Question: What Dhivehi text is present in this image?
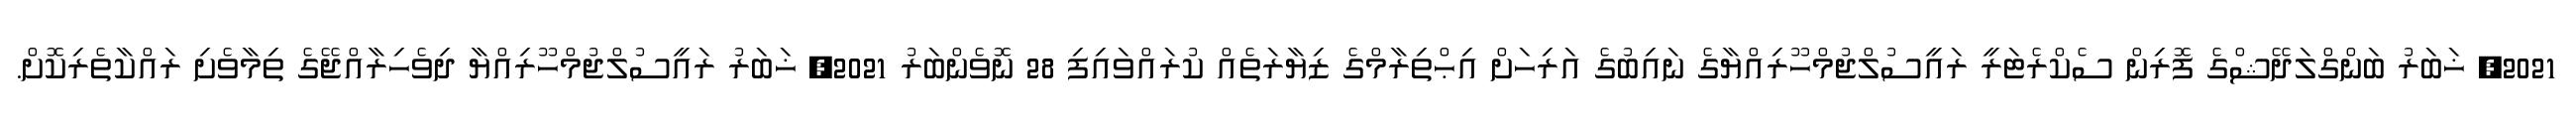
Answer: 2021, ޚަބަރު ބަންގްލަދޭޝްގެ ފޮރިން ސެކްރެޓަރީ ރައީސުލްޖުމްހޫރިއްޔާގެ ނައިބުގެ އަރިހަށް އިޙްތިރާމްގެ ޒިޔާރަތެއް ކުރައްވައިފި 28 ނޮވެންބަރު 2021, ޚަބަރު ރައީސުލްޖުމްހޫރިއްޔާ ދިވެހިރާއްޖޭގެ ތިމާވެށި ރައްކާތެރިކޮށް.